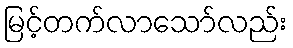
မြင့်တက်လာသော်လည်း